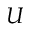
U